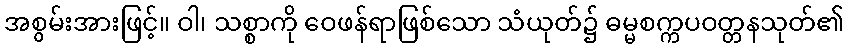
အစွမ်းအားဖြင့်။ ဝါ၊ သစ္စာကို ဝေဖန်ရာဖြစ်သော သံယုတ်၌ ဓမ္မစက္ကပဝတ္တနသုတ်၏